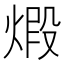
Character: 𤊳